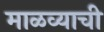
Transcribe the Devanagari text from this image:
माळव्याची